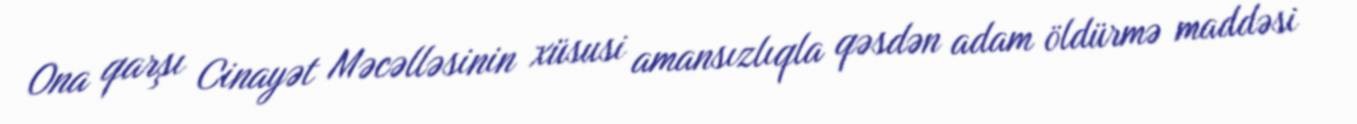
Ona qarşı Cinayət Məcəlləsinin xüsusi amansızlıqla qəsdən adam öldürmə maddəsi